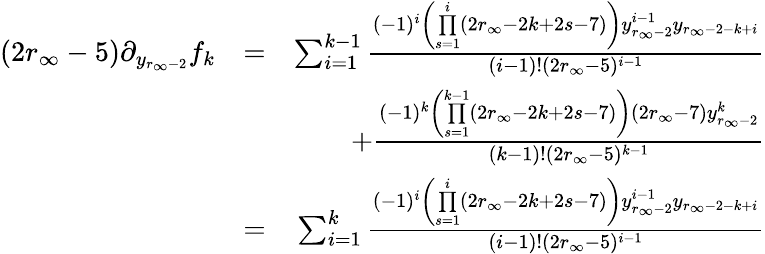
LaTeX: \begin{array}{rlr}{(2r_{\infty}-5)\partial_{y_{r_{\infty}-2}}f_{k}}&{=}&{\sum_{i=1}^{k-1}\frac{(-1)^{i}\left(\underset{s=1}{\overset{i}{\prod}}(2r_{\infty}-2k+2s-7)\right)y_{r_{\infty}-2}^{i-1}y_{r_{\infty}-2-k+i}}{(i-1)!(2r_{\infty}-5)^{i-1}}}\\ &{}&{+\frac{(-1)^{k}\left(\underset{s=1}{\overset{k-1}{\prod}}(2r_{\infty}-2k+2s-7)\right)(2r_{\infty}-7)y_{r_{\infty}-2}^{k}}{(k-1)!(2r_{\infty}-5)^{k-1}}}\\ &{=}&{\sum_{i=1}^{k}\frac{(-1)^{i}\left(\underset{s=1}{\overset{i}{\prod}}(2r_{\infty}-2k+2s-7)\right)y_{r_{\infty}-2}^{i-1}y_{r_{\infty}-2-k+i}}{(i-1)!(2r_{\infty}-5)^{i-1}}}\end{array}